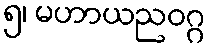
၅၊ မဟာယညဝဂ္ဂ